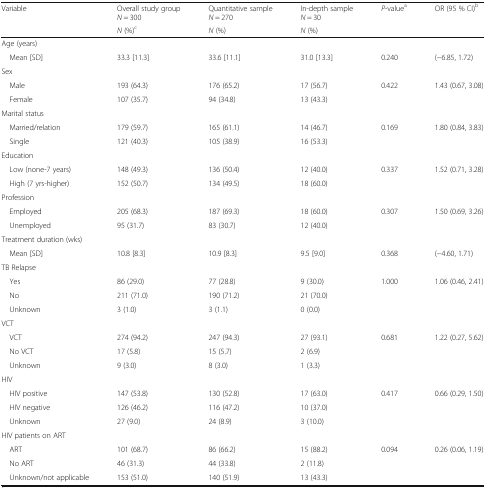
<table><thead><tr><td rowspan="2"><b>Variable</b></td><td><b>Overall study group<i>N</i> = 300</b></td><td><b>Quantitative sample<i>N</i> = 270</b></td><td><b>In-depth sample<i>N</i> = 30</b></td><td><b><i>P</i>-value<sup>a</sup></b></td><td><b>OR (95 % CI)<sup>b</sup></b></td></tr><tr><td><b><i>N</i> (%)<sup>c</sup></b></td><td><b><i>N</i> (%)</b></td><td><b><i>N</i> (%)</b></td><td></td><td></td></tr></thead><tbody><tr><td colspan="6">Age (years)</td></tr><tr><td> Mean [SD]</td><td>33.3 [11.3]</td><td>33.6 [11.1]</td><td>31.0 [13.3]</td><td>0.240</td><td>(−6.85, 1.72)</td></tr><tr><td colspan="6">Sex</td></tr><tr><td> Male</td><td>193 (64.3)</td><td>176 (65.2)</td><td>17 (56.7)</td><td>0.422</td><td>1.43 (0.67, 3.08)</td></tr><tr><td> Female</td><td>107 (35.7)</td><td>94 (34.8)</td><td>13 (43.3)</td><td></td><td></td></tr><tr><td colspan="6">Marital status</td></tr><tr><td> Married/relation</td><td>179 (59.7)</td><td>165 (61.1)</td><td>14 (46.7)</td><td>0.169</td><td>1.80 (0.84, 3.83)</td></tr><tr><td> Single</td><td>121 (40.3)</td><td>105 (38.9)</td><td>16 (53.3)</td><td></td><td></td></tr><tr><td colspan="6">Education</td></tr><tr><td> Low (none-7 years)</td><td>148 (49.3)</td><td>136 (50.4)</td><td>12 (40.0)</td><td>0.337</td><td>1.52 (0.71, 3.28)</td></tr><tr><td> High (7 yrs-higher)</td><td>152 (50.7)</td><td>134 (49.5)</td><td>18 (60.0)</td><td></td><td></td></tr><tr><td colspan="6">Profession</td></tr><tr><td> Employed</td><td>205 (68.3)</td><td>187 (69.3)</td><td>18 (60.0)</td><td>0.307</td><td>1.50 (0.69, 3.26)</td></tr><tr><td> Unemployed</td><td>95 (31.7)</td><td>83 (30.7)</td><td>12 (40.0)</td><td></td><td></td></tr><tr><td colspan="6">Treatment duration (wks)</td></tr><tr><td> Mean [SD]</td><td>10.8 [8.3]</td><td>10.9 [8.3]</td><td>9.5 [9.0]</td><td>0.368</td><td>(−4.60, 1.71)</td></tr><tr><td colspan="6">TB Relapse</td></tr><tr><td> Yes</td><td>86 (29.0)</td><td>77 (28.8)</td><td>9 (30.0)</td><td>1.000</td><td>1.06 (0.46, 2.41)</td></tr><tr><td> No</td><td>211 (71.0)</td><td>190 (71.2)</td><td>21 (70.0)</td><td></td><td></td></tr><tr><td> Unknown</td><td>3 (1.0)</td><td>3 (1.1)</td><td>0 (0.0)</td><td></td><td></td></tr><tr><td colspan="6">VCT</td></tr><tr><td> VCT</td><td>274 (94.2)</td><td>247 (94.3)</td><td>27 (93.1)</td><td>0.681</td><td>1.22 (0.27, 5.62)</td></tr><tr><td> No VCT</td><td>17 (5.8)</td><td>15 (5.7)</td><td>2 (6.9)</td><td></td><td></td></tr><tr><td> Unknown</td><td>9 (3.0)</td><td>8 (3.0)</td><td>1 (3.3)</td><td></td><td></td></tr><tr><td colspan="6">HIV</td></tr><tr><td> HIV positive</td><td>147 (53.8)</td><td>130 (52.8)</td><td>17 (63.0)</td><td>0.417</td><td>0.66 (0.29, 1.50)</td></tr><tr><td> HIV negative</td><td>126 (46.2)</td><td>116 (47.2)</td><td>10 (37.0)</td><td></td><td></td></tr><tr><td> Unknown</td><td>27 (9.0)</td><td>24 (8.9)</td><td>3 (10.0)</td><td></td><td></td></tr><tr><td colspan="6">HIV patients on ART</td></tr><tr><td> ART</td><td>101 (68.7)</td><td>86 (66.2)</td><td>15 (88.2)</td><td>0.094</td><td>0.26 (0.06, 1.19)</td></tr><tr><td> No ART</td><td>46 (31.3)</td><td>44 (33.8)</td><td>2 (11.8)</td><td></td><td></td></tr><tr><td> Unknown/not applicable</td><td>153 (51.0)</td><td>140 (51.9)</td><td>13 (43.3)</td><td></td><td></td></tr></tbody></table>